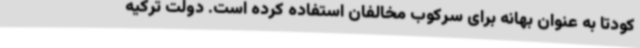
کودتا به عنوان بهانه برای سرکوب مخالفان استفاده کرده است. دولت ترکیه